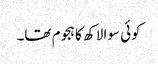
کوئی سوا لاکھ کا ہجوم تھا۔